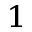
^ { 1 }